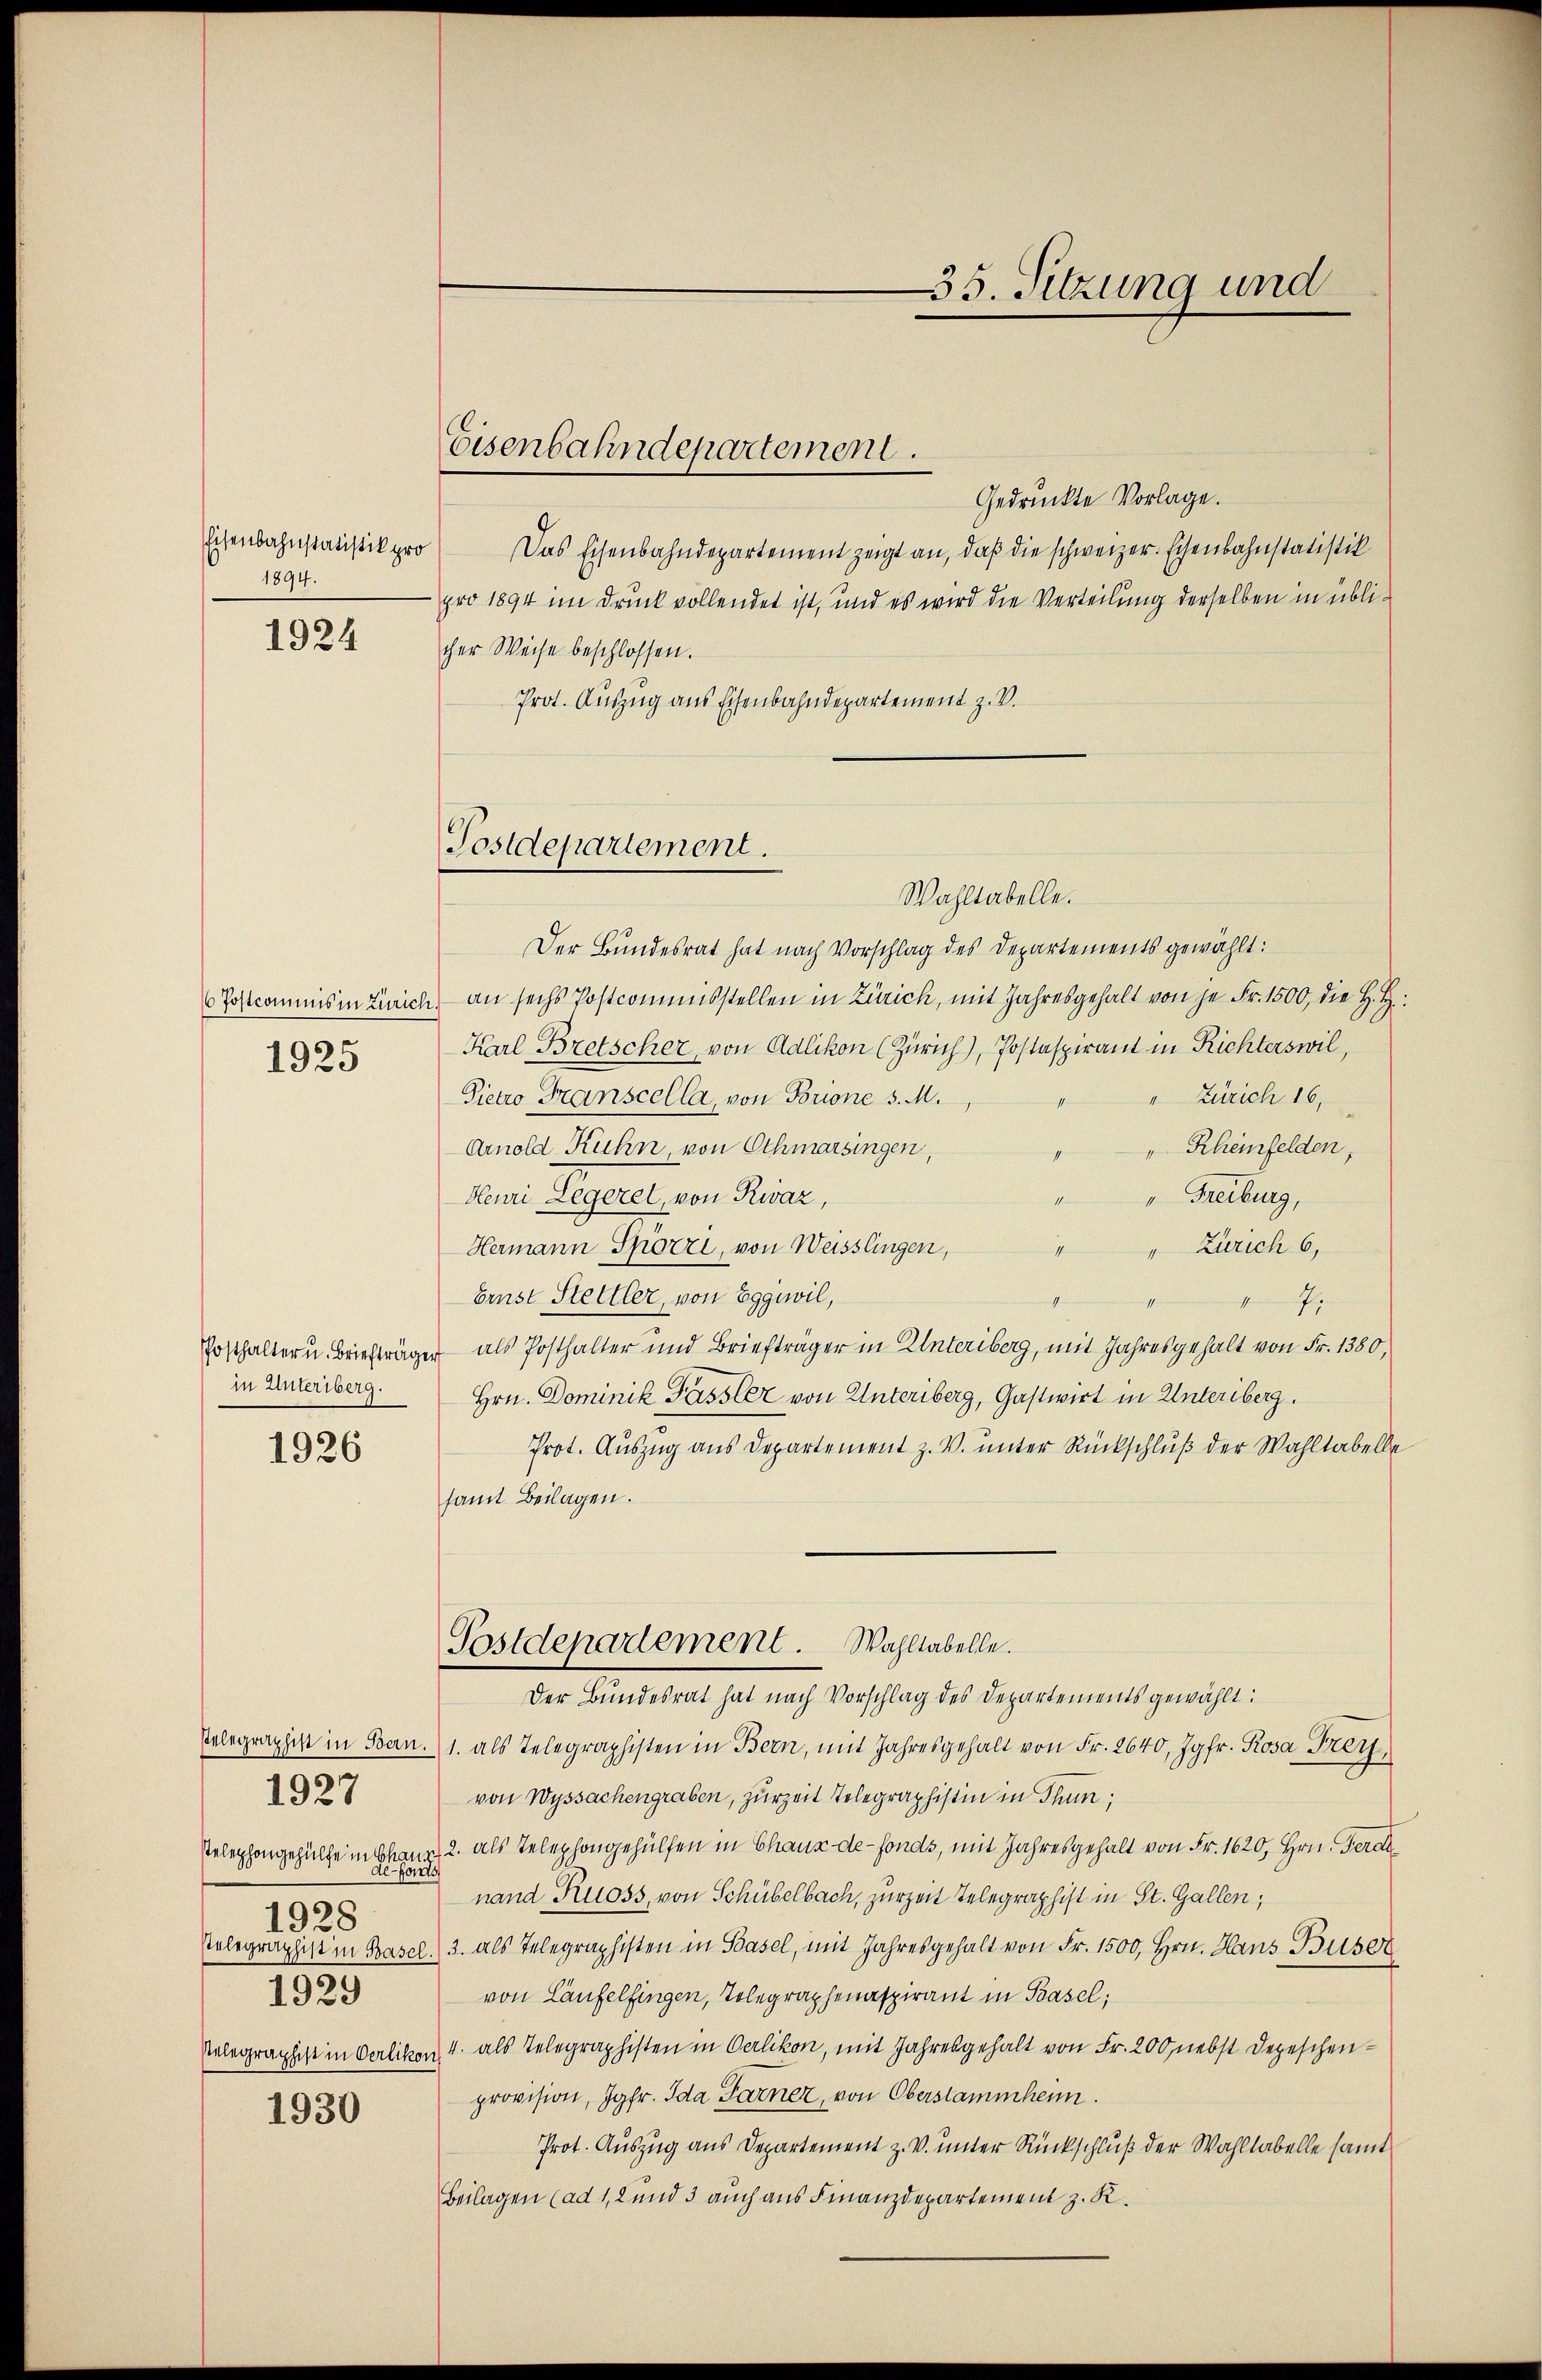
Eisenbahnstatistik pro
1894.
1924

( Postcommnis in Zürich.
1925

in Unteriberg.
1926

Pelegraphist in Bern.
Telephongehülfe in Glanz
1928
Relegraphist in Basel
1929
Relegraphist in Oerliko

1927

1930

Eisenbahndepartement.

Postdepartement.

35. Sitzung und

Gedruckte Vorlage.
Das Eisenbahndepartement zeigt an, daß die schweizer. Eisenbahnstatistik
pro 1894 im Druck vollendet ist, und es wird die Verteilung derselben in üblicher Weise beschlossen.
Prot. Auszug aus Eisenbahndepartement z. V.
Wahltabelle.
Der Bundesrat hat nach Vorschlag des Departements gewählt:
an sechs Postcommisstellen in Zürich, mit Jahresgehalt von je Fr. 1500, die H. H.
Karl Bretscher, von Adlikon (Zürich), Postaspirant in Richterswil,
Pietro Transcella, von Brione s. M.
" Zürich 16,
Arnold Kuhn von Othmarsingen,
Rheinfelden,
Heuri Legeret, von Rwaz,
" Freiburg,
Hermann Spörri, von Weisslingen,
" " Zürich 6,
Ernst Stettler, von Eggewil,
.
Posthalter u. Briefträger als Posthalter und Briefträger in Unteriberg, mit Jahresgehalt von Fr. 1380,
Hrn. Dominik Fassler von Unteriberg, Gastwirt in Unteriberg.
Prot. Auszug aus Departement z. V. unter Rückschluß der Wahltabelle
samt Beilagen.
Postdepartement. Wahltabelle.
Der Bundesrat hat nach Vorschlag des Departements gewählt:
1. als Telegraphisten in Bern, mit Jahresgehalt von Fr. 2640, Jgfr. Rosa Frey,
von Wyssachengraben, zurZeit Telegraphistin in Thun,
2. als Telephongehülfen in Chaux-de-Fonds, mit Jahresgehalt von Fr. 1620, Hrn. Ferde
nand Ruoss, von Schübelbach, zurzeit Telegraphist in St. Gallen;
3. als Telegraphisten in Basel, mit Jahresgehalt von Fr. 1500, Hrn. Haus Buser
von Laufelfingen, Telegraphenaspirant in Basel;
4. als Telegraphisten in Oerlikon, mit Jahresgehalt von Fr. 200 nebst Depeschenprovision, Jgfr. Ida Parner, von Oberstammheim.
Prot. Auszug aus Departement z. V. unter Rückschluß der Wahllabelle samt
Beilagen (ad 1, 2 und 3 auch aus Finanzdepartement z. R.